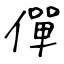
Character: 僤